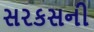
સરકસની